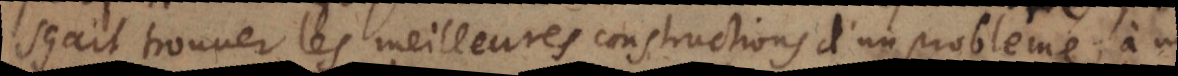
sçait trouver les meilleures constructions d’un probleme; à un